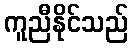
ကူညီနိုင်သည်